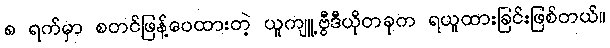
၈ ရက်မှာ စတင်ဖြန့်ဝေထားတဲ့ ယူကျူ့ဗွီဒီယိုတခုက ရယူထားခြင်းဖြစ်တယ်။